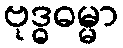
ဗုဒ္ဓဓမ္မာ